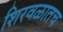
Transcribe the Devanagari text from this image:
शिरवळातच